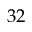
3 2